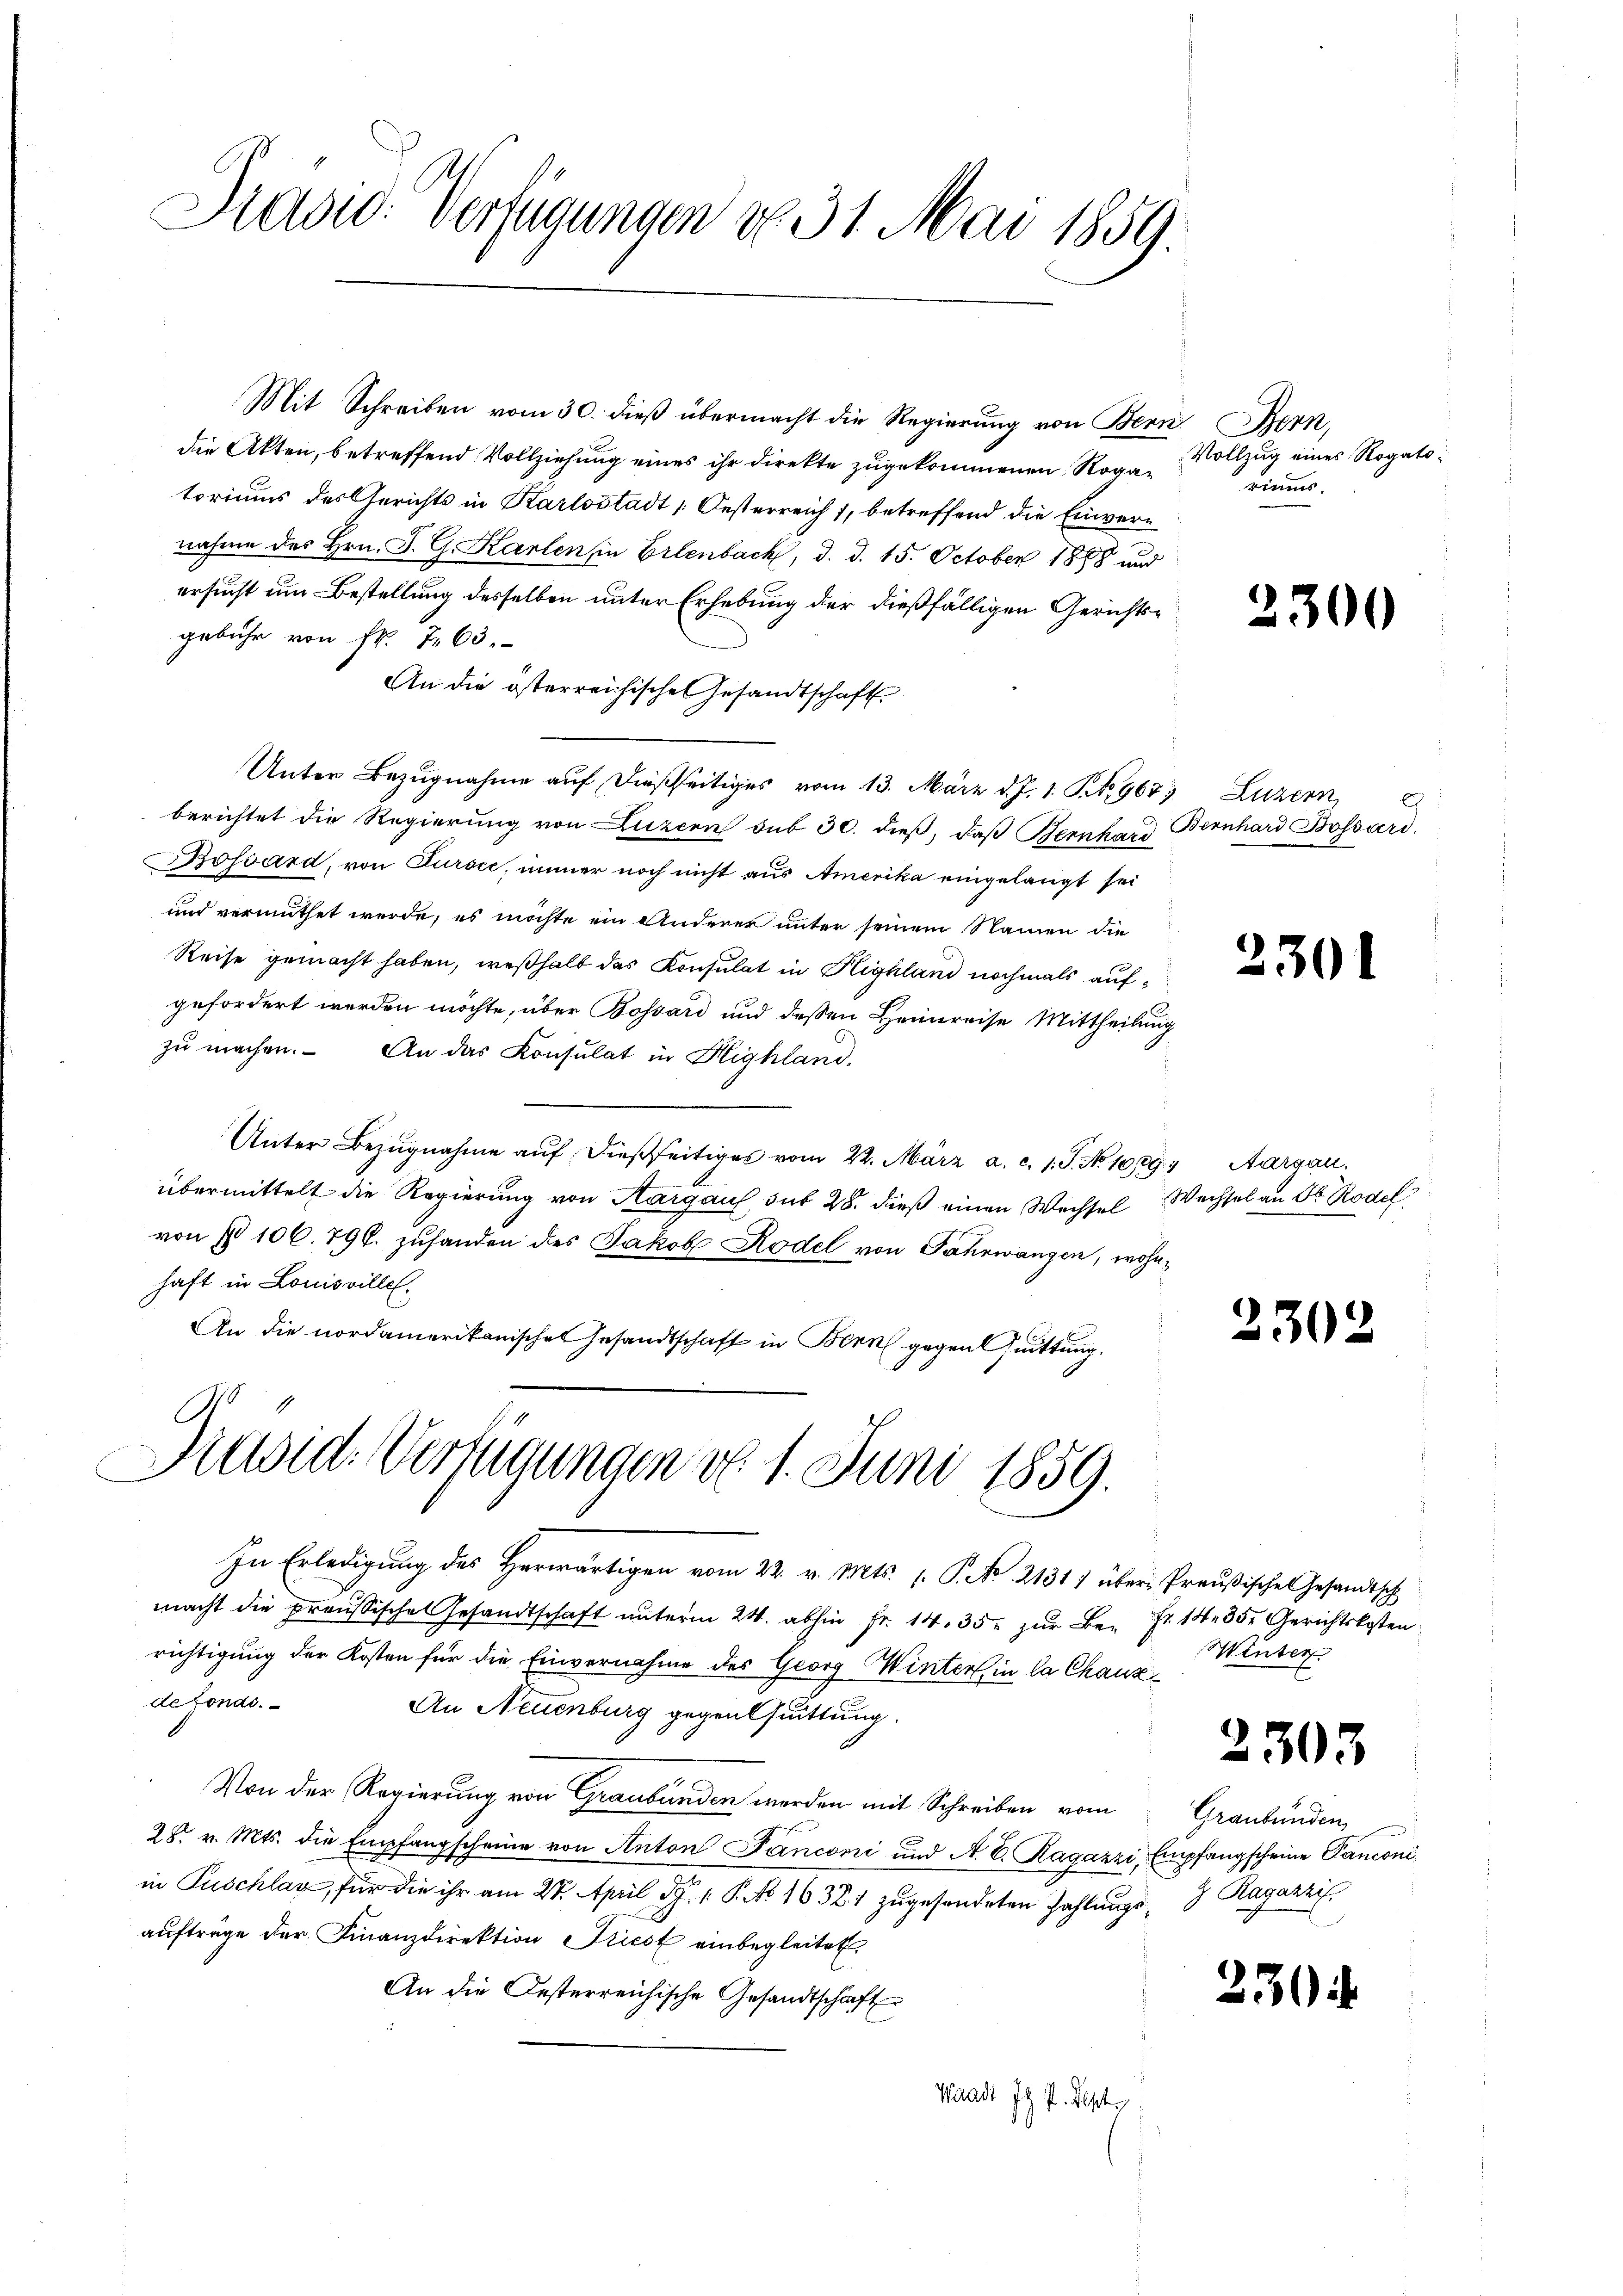
Drasw: Verfügungen No. 31. Mai 1859.

Mit Schreiben vom 30. dieß übermacht die Regierung von Bern Bern,
die Akten, betreffend Vollziehung eines ihr direkte zugekommenen Rogatoriums des Gerichts in Karlsstadt Oesterreich 1, betreffend die Einvernahme des Hrn. J. G. Karten in Erlenbach, d. d. 15. October 1888 und
ersucht um Bestellung desselben unter Erhebung der dießfälligen Gerichtsgebühr von Fr. 7. 63.
An die österreichische Gesandtschaft
Unter Bezugnahme auf dießseitiges vom 13. März d. J. 1. P. Nr. 967; Luzern,
berichtet die Regierŭng von Luzern bŭt 30. dieβ, daβ Bernhard Bernhard Bossard.
Bossard, von Sursee, immer noch nicht aus Amerika eingelangt sei
und vermuthet werde, es möchte ein anderer unter seinem Namen die
Reise gemacht haben, weßhalb das Konsulat in Highland nochmals auf
gefordert werden möchte, über Bossard und dessen Heimreise Mittheilung
zŭ machen. An das Konsulat in Highland,
Unter Bezugnahme auf dießseitiges vom 22. März a. c. 1. J. No 1089, Aargau.
übermittelt die Regierung von Aargaus, sub 28. dieß einen Wechsel Wechsel an Dr Rodel
von § 106. 796. zuhanden des Jakob Rodel von Fahrwangen, wohnhaft in Louisville.
An die nordamerikanisches Gesandtschaft in Bern gegentuittung.

Piusid. Verfügungen d. 1. Juni 1859.

In Erledigung des Herwärtigen vom 22. v. Mts. 1. P. Nr. 21311 über Preußisches Gesandtsch
macht die preussisches Gesandtschaft unterm 24. abhin Fr. 14. 35. zur Be- Fr. 14. 35. Gerichtskosten
richtigung der Kosten für die Einvernahme des Georg Winter in la Chauzde fonds.
An Neuenburg gegensuittung.
Von der Regierung von Graubünden werden mit Schreiben vom
28. v. Mts. die Empfangscheine von Anton Panconi und A. E. Ragazzi, Empfangscheine Panconi
in Puschlag, für die ihr am 28. April d. 1. P. No 16321 zugesendeten Zahlungsauftrage der Finanzdirektion Priest einbegleitet
An die Besterreichische Gesandtschaft
Waadt I. I. Sept.

Vollzug eines Rogato
riums

2300

E

2301

2302

Winter

2303

Graubünden
2 Ragazzif.

230.